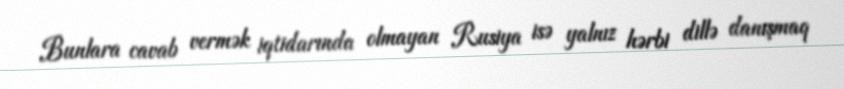
Bunlara cavab vermək iqtidarında olmayan Rusiya isə yalnız hərbi dillə danışmaq